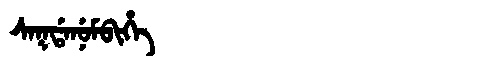
Manchu: ᠰᠠᡴᡩᠠᠨᡠᠮᠪᡳᡥᡝ
Romanization: SAKDANUMBIHE